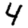
Digit: 4